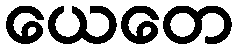
ယေတေ